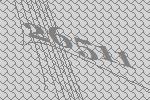
26511